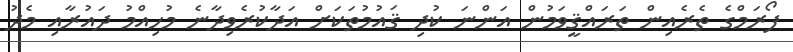
ފޯރަމްގެ ތެރެއިން ތަރައްޤީވަމުން އަންނަ ކުދި ޤައުމުތަކަށް އަދާކުރެވިދާނެ މުހިއްމު ދައުރާއި މެދު